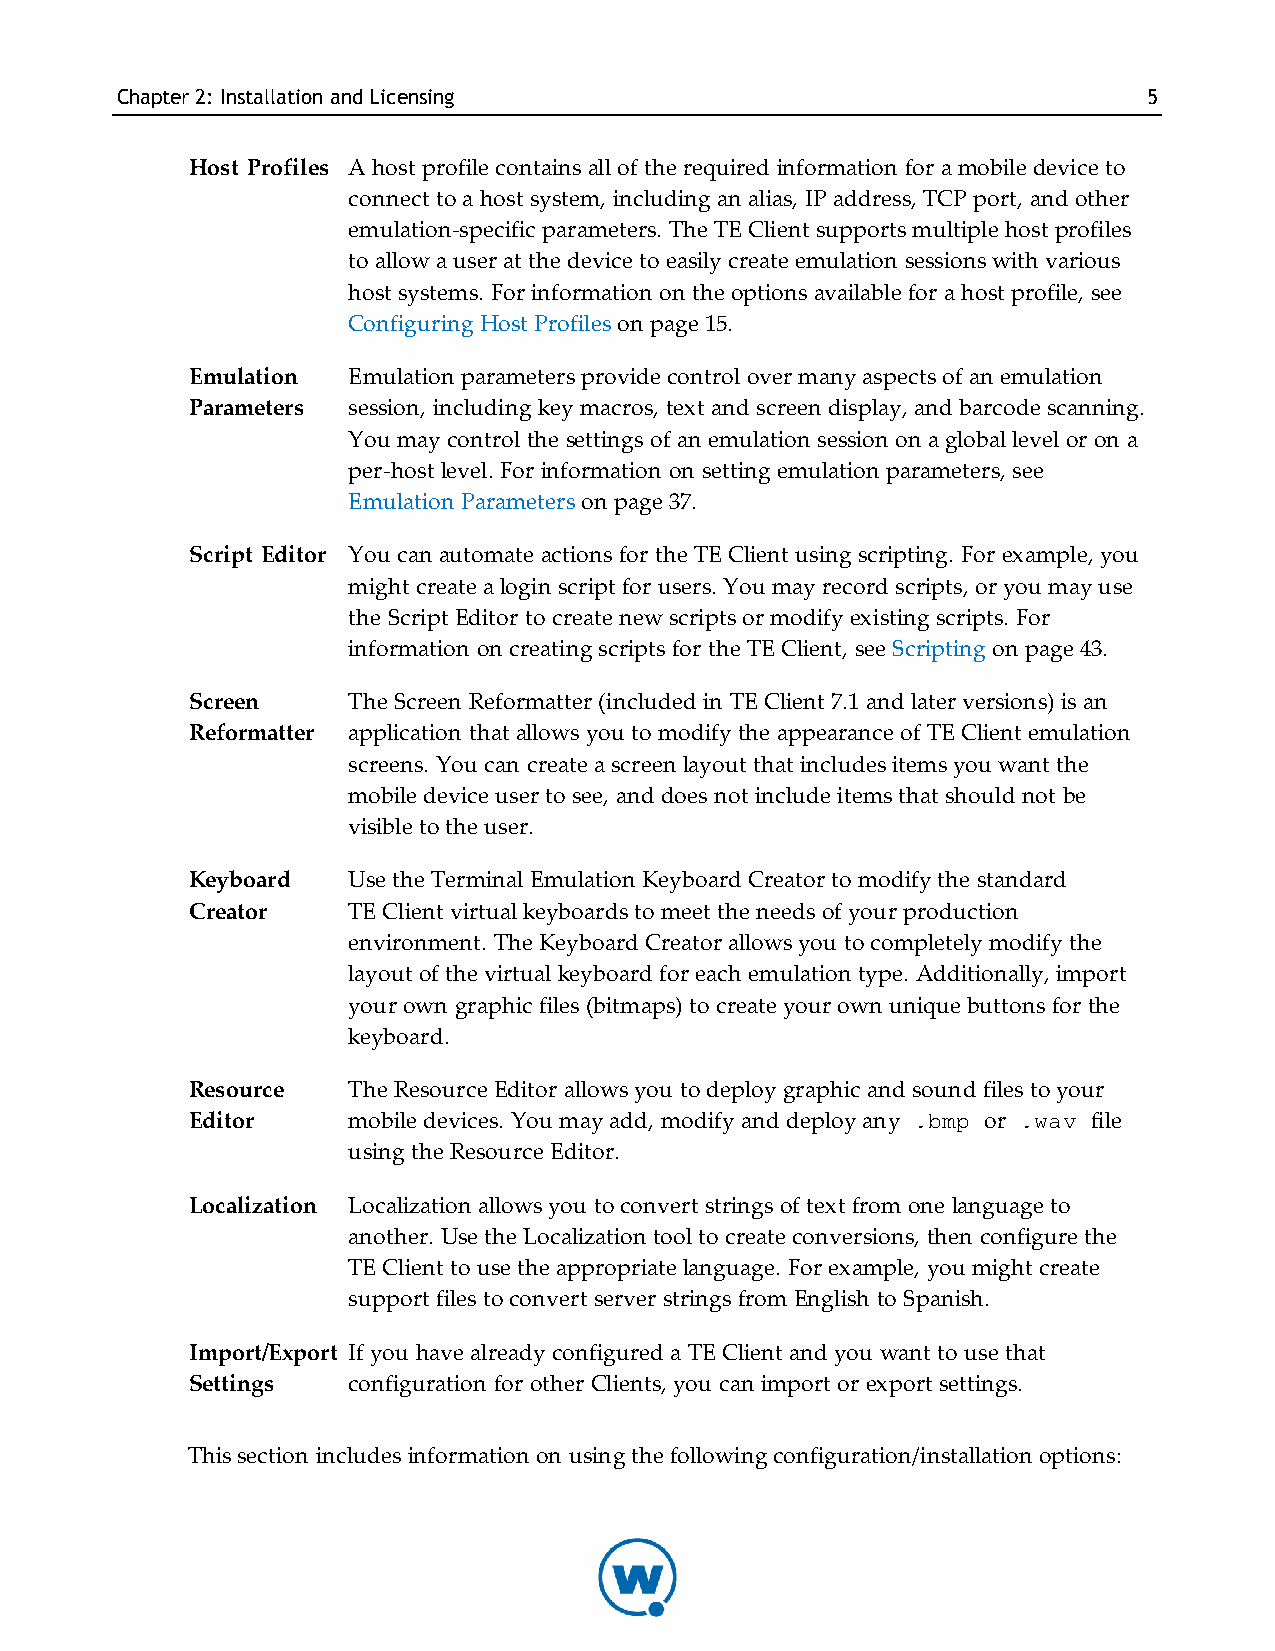
Chapter2: InstallationandLicensing                                  5
 Host Profiles A host profile contains all of the required information for a mobile device to
 connect to a host system, including an alias, IP address, TCP port, and other
 emulation-specific parameters. The TE Client supports multiple host profiles
 to allow a user at the device to easily create emulation sessions with various
 host systems. For information on the options available for a host profile, see
 Configuring Host Profiles on page 15.
 Emulation Emulation parameters provide control over many aspects of an emulation
 Parameters session, including key macros, text and screen display, and barcode scanning.
 You may control the settings of an emulation session on a global level or on a
 per-host level. For information on setting emulation parameters, see
 Emulation Parameters on page 37.
 Script Editor You can automate actions for the TE Client using scripting. For example, you
 might create a login script for users. You may record scripts, or you may use
 the Script Editor to create new scripts or modify existing scripts. For
 information on creating scripts for the TE Client, see Scripting on page 43.
 Screen    The Screen Reformatter (included in TE Client 7.1 and later versions) is an
 Reformatter application that allows you to modify the appearance of TE Client emulation
 screens. You can create a screen layout that includes items you want the
 mobile device user to see, and does not include items that should not be
 visible to the user.
 Keyboard  Use the Terminal Emulation Keyboard Creator to modify the standard
 Creator   TE Client virtual keyboards to meet the needs of your production
 environment. The Keyboard Creator allows you to completely modify the
 layout of the virtual keyboard for each emulation type. Additionally, import
 your own graphic files (bitmaps) to create your own unique buttons for the
 keyboard.
 Resource  The Resource Editor allows you to deploy graphic and sound files to your
 Editor    mobile devices. You may add, modify and deploy any .bmp or .wav file
 using the Resource Editor.
 Localization Localization allows you to convert strings of text from one language to
 another. Use the Localization tool to create conversions, then configure the
 TE Client to use the appropriate language. For example, you might create
 support files to convert server strings from English to Spanish.
 Import/Export If you have already configured a TE Client and you want to use that
 Settings  configuration for other Clients, you can import or export settings.
 This section includes information on using the following configuration/installation options: